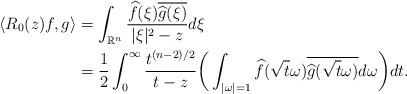
LaTeX: \begin{align*}\langle R_0(z)f,g\rangle&=\int_{\mathbb{R}^n}\frac{\widehat{f}(\xi)\overline{\widehat{g}(\xi)}}{|\xi|^2-z}d\xi\\&=\frac12\int_0^\infty\frac{t^{(n-2)/2}}{t-z}\bigg(\int_{|\omega|=1}\widehat{f}(\sqrt{t}\omega)\overline{\widehat{g}(\sqrt{t}\omega)}d\omega\bigg)dt.\end{align*}